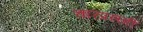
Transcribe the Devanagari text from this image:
चारप्रसंगी